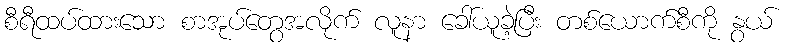
စီရီထပ်ထားသော စာအုပ်တွေအလိုက် လူနာ ခေါ်ယူခဲ့ပြီး တစ်ယောက်စီကို နွယ်